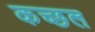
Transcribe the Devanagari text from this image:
कच्छल